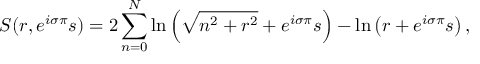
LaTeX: { \cal S } ( r , e ^ { i \sigma \pi } s ) = 2 \sum _ { n = 0 } ^ { N } \ln \left( \sqrt { n ^ { 2 } + r ^ { 2 } } + e ^ { i \sigma \pi } s \right) - \ln \left( r + e ^ { i \sigma \pi } s \right) ,